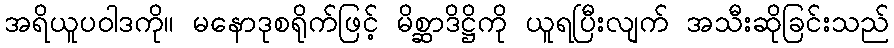
အရိယူပဝါဒကို။ မနောဒုစရိုက်ဖြင့် မိစ္ဆာဒိဋ္ဌိကို ယူရပြီးလျက် အသီးဆိုခြင်းသည်